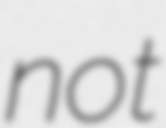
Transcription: not